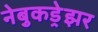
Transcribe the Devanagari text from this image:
नेबुकड्रेझर